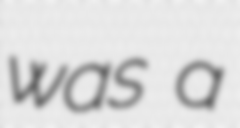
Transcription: was a